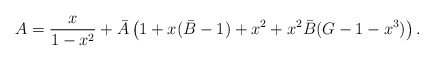
\begin{align*}A = \frac{x}{1-x^2} + \bar{A} \left( 1 + x(\bar{B}-1) + x^2 + x^2\bar{B}(G-1-x^3) \right).\end{align*}